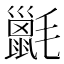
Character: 𣰫